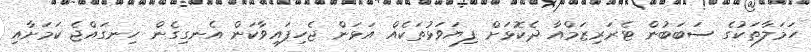
ހަމަލާތަކުގެ ސަބަބުން ޓެރަރިޒަމްއާ ދެކޮޅަށް ފިޔަވަޅުތަކެއް އަޅަން ޖެހިފައިވާކަން އެނގިގެން ހިނގައްޖެ ކަމަށާއި